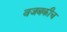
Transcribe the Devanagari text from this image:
वजबकीच